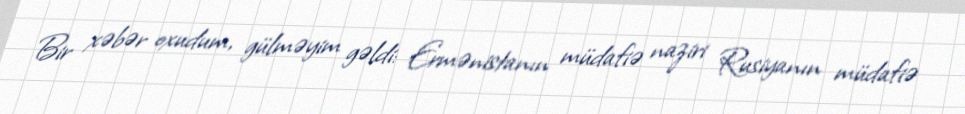
Bir xəbər oxudum, gülməyim gəldi: Ermənistanın müdafiə naziri Rusiyanın müdafiə